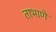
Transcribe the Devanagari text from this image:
ताभाणे